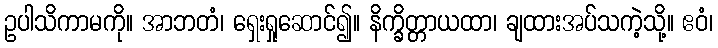
ဥပါသိကာမကို။ အာဘတံ၊ ရှေးရှုဆောင်၍။ နိက္ခိတ္တာယထာ၊ ချထားအပ်သကဲ့သို့။ ဧဝံ၊